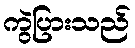
ကွဲပြားသည်